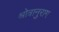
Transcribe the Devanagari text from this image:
श्रोत्रानुराग